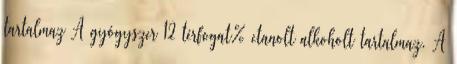
tartalmaz A gyógyszer 12 térfogat% etanolt alkoholt tartalmaz. A